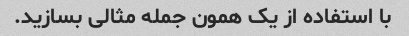
با استفاده از یک همون جمله مثالی بسازید.